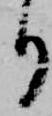
り